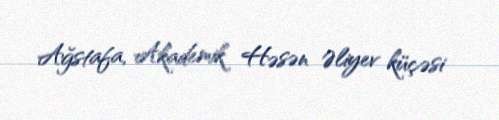
Ağstafa, Akademik Həsən Əliyev küçəsi